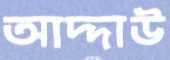
আদ্দাউ